Civil Veterinary Dept. Bombay admin report 1893-99 - 1893-1899
Year: 1893
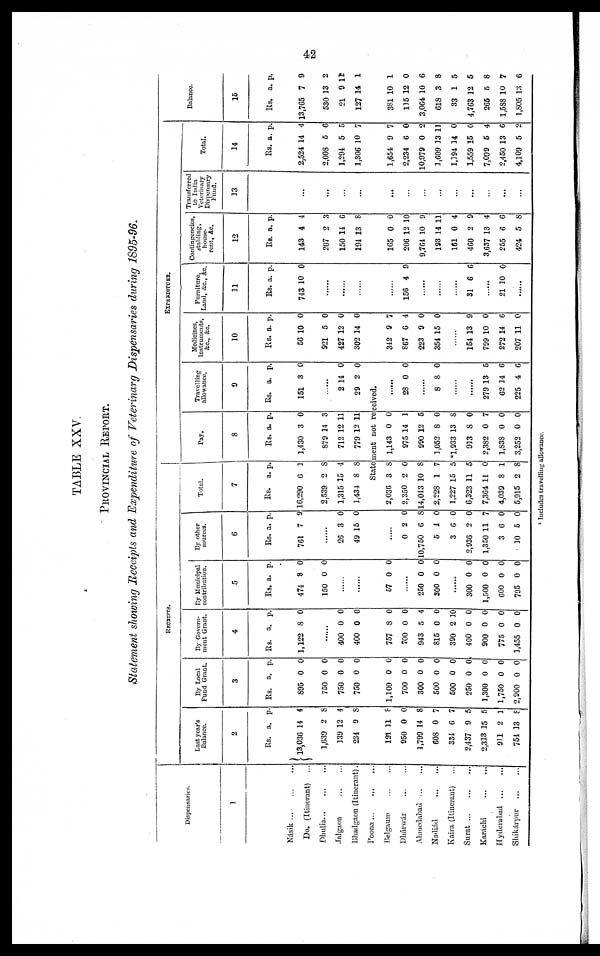
42
TABLE XXV
PROVINCIAL REPORT.
Statement showing Receipts and Expenditure of Veterinary Dispensaries during 1895-96.
Dispensaries.
1
Násik
...
...
...
Do. (Itinerant) ...
Dhulia...
...
...
Jalgaon ... ...
Bhadgaon (Itinerant).
Poona ... ... ...
Belgaum ... ...
Dhárwár
...
...
Ahmedabad
...
...
Nadiád
...
...
Kaira (Itinerant) ...
Surat
...
...
...
Karáchi
...
...
Hyderabad
...
...
Shikárpur
...
...
RECEIPTS.
Last year's
Balance.
2
Rs.
13,036
1,639
139
234
a.
14
2
12
9
p.
4
8
4
8
121
950
1,799
608
334
2,437
2,313
911
754
11
0
14
0
6
9
15
2
13
8
0
8
7
7
5
5
1
8
By Local
Fund Grant.
3
Rs.
895
750
750
750
a.
0
0
0
0
p.
0
0
0
0
1,100
700
300
500
500
250
1,300
1,750
2,900
0
0
0
0
0
0
0
0
0
0
0
0
0
0
0
0
0
0
By Govern-
ment Grant.
4
Rs.
1,122
a.
8
p.
0
......
400
400
0
0
0
0
757
700
943
815
390
400
900
775
1,455
8
0
5
0
2
0
0
0
0
0
0
4
0
10
0
0
0
0
By Municipal
contribution.
5
Rs.
474
150
a.
8
0
p.
0
0
......
......
57 0 0
......
250
300
0
0
0
0
......
300
1,500
600
795
0
0
0
0
0
0
0
0
By other
sources.
6
Rs.
761
a.
7
p.
9
......
26
49
3
15
0
0
......
0
10,750
5
3
2,936
1,350
3
10
2
6
1
6
2
11
6
5
0
8
0
0
0
7
0
0
Total.
7
Rs.
16,290
2,539
1,315
1,434
a.
6
2
15
8
p.
1
8
4
8
EXPENDITURE.
Pay.
8
Rs.
1,430
879
712
779
a.
3
14
12
12
p.
0
3
11
11
Travelling
allowance.
9
Rs.
151
a.
3
p.
0
......
2
29
14
2
0
0
Statement not received.
2,036
2,350
14,043
2,228
1,227
6,323
7,364
4,039
5,915
3
2
10
1
15
11
11
8
2
8
0
8
7
5
5
0
1
8
1,143
975
990
3,052
*1,933
913
2,382
1,838
3,252
0
14
12
8
13
8
0
0
0
0
1
5
0
8
0
7
0
0
......
28 0 0
......
8 8 0
......
......
279
62
225
13
14
4
5
6
6
Medicines,
instruments,
&c., &c.
10
Rs.
56
921
427
302
a.
10
5
12
14
p.
0
0
0
0
342
867
223
354
9
6
9
15
7
4
0
0
......
154
799
272
207
13
10
14
11
9
0
6
0
Furniture,
Land, &c., &c.
11
Rs.
743
a.
10
p.
0
......
......
......
......
156 4 9
......
......
......
31 6 6
......
21 10 0
......
Contingencies,
stabling,
house¬
rent, &c.
12
Rs.
143
207
150
194
a.
4
2
14
13
p.
4
3
6
8
165
206
9,764
193
161
460
3,637
255
424
0
12
10
14
0
2
13
6
5
0
10
9
11
4
9
4
6
8
Transferred
to India
Veterinary
Dispensary
Fund.
13
...
...
...
...
...
...
...
...
...
...
...
...
...
Total.
14
Rs.
2,524
2,008
1,294
1,306
a.
14
5
5
10
p.
4
6
5
7
1,654
2,234
10,979
3,609
1,194
1,559
7,099
2,450
4,109
9
6
0
13
14
15
5
13
5
7
0
2
11
0
0
4
6
2
Balance.
15
Rs.
13,765
530
21
127
a.
7
13
9
14
p.
9
2
11
1
381
115
3,064
618
33
4,763
265
1,588
1,805
10
12
10
3
1
12
5
10
13
1
0
6
8
5
5
8
7
6
* Includes travelling allowance.